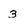
Character: 3